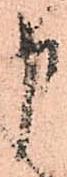
申